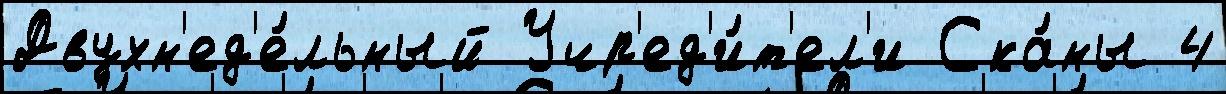
Двухн'ед'е́льный Учр'ед'и́т'ел'и Ска́ны 4